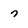
Character: 7